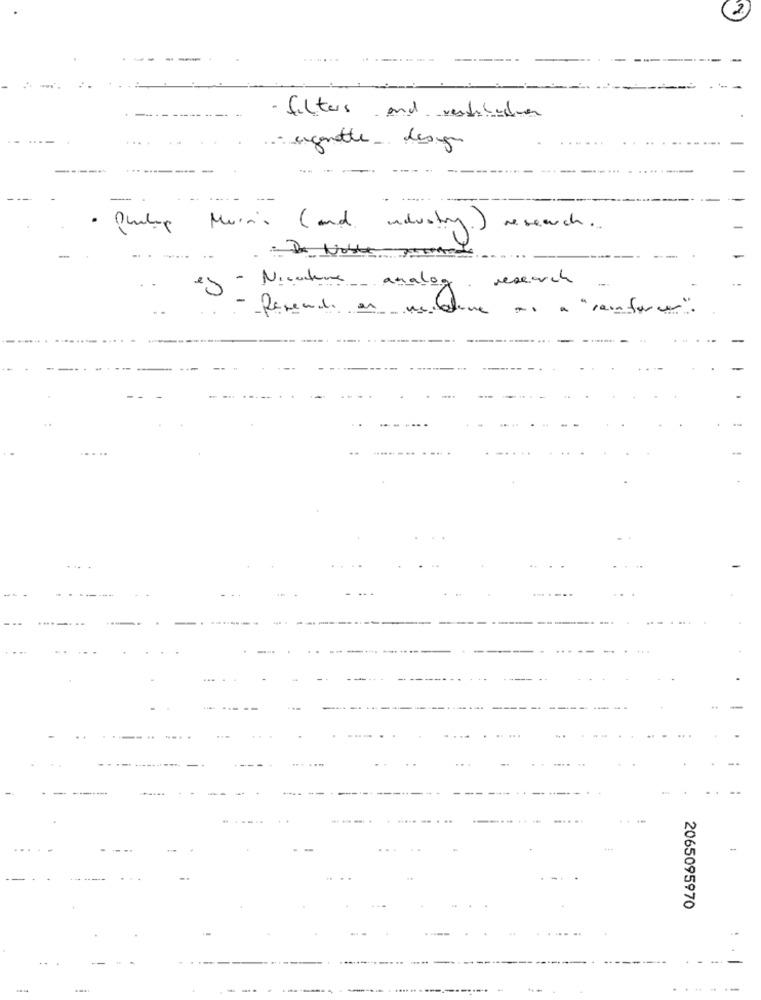
2.
...
...
--------
filters and restitution
agenotte design
.... -
· Philip Mura's ( and industry.)
research ..
- De Noble pour
- Nicethere analog research
- Revendi en mit
ne
as a " renforcer"
2065095970
-
**-
.